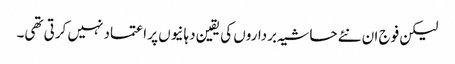
لیکن فوج ان نئے حاشیہ برداروں کی یقین دہانیوں پر اعتماد نہیں کرتی تھی۔